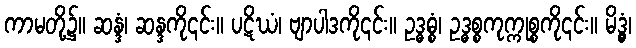
ကာမတို့၌။ ဆန္ဒံ၊ ဆန္ဒကို၎င်း။ ပဋိဃံ၊ ဗျာပါဒကို၎င်း။ ဥဒ္ဓဓ္စံ၊ ဥဒ္ဓစ္စကုက္ကုစ္စကို၎င်း။ မိဒ္ဓွံ၊